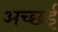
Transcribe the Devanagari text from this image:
अच्छई